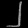
Digit: ၂